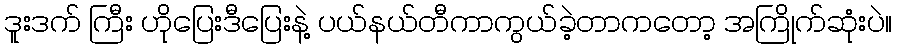
ဒူးဒက် ကြီး ဟိုပြေးဒီပြေးနဲ့ ပယ်နယ်တီကာကွယ်ခဲ့တာကတော့ အကြိုက်ဆုံးပဲ။